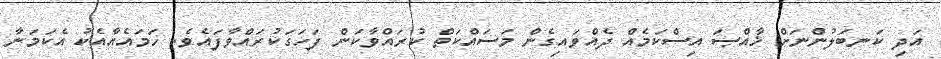
އަދި ކަނބަލުންނަށް ޚާއްޞަ އިސްކަމެއްް ދެއްވައިގެން މަސައްކަތް ކުރައްވާކަން ފަހަގަކުރައްވާފައެވެ. ހަމައެއާއެކު އެކަމަނާ